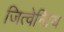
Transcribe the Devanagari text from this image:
जित्वेन्द्रिय